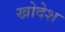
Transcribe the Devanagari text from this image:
खोदेश